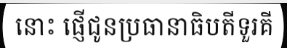
នោះ ផ្ញើជូនប្រធានាធិបតីទួរគី